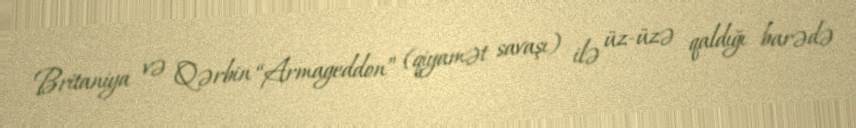
Britaniya və Qərbin “Armageddon” (qiyamət savaşı) ilə üz-üzə qaldığı barədə